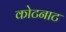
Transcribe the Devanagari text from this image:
कोटनाट